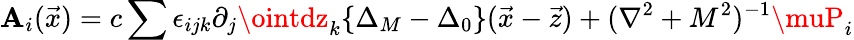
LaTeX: \mathbf{A}_{i}(\vec{{x}})=c\sum\epsilon_{ijk}\partial_{j}\ointdz_{k}\{ \Delta_{M}-\Delta_{0}\} (\vec{{x}}-\vec{{z}})+(\nabla^{2}+M^{2})^{-1}\muP_{i}